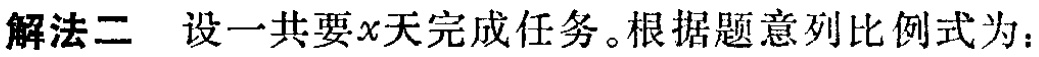
解法二 设一共要\(x\)天完成任务。根据题意列比例式为：